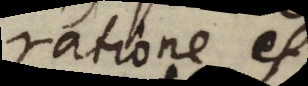
ratione et